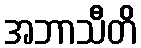
အဘာသီတိ